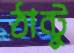
ঠান্টু